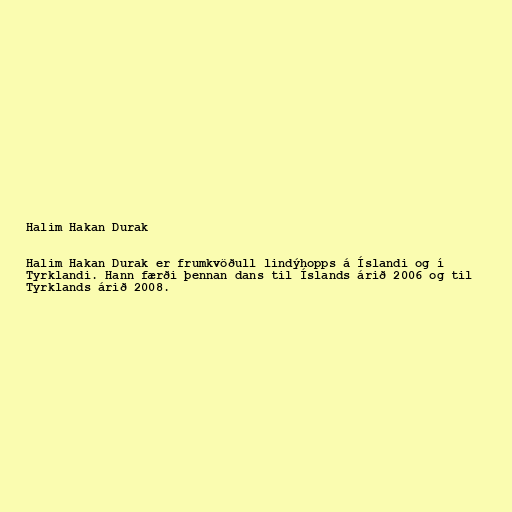
Halim Hakan Durak

Halim Hakan Durak er frumkvöðull lindýhopps á Íslandi og í
Tyrklandi. Hann færði þennan dans til Íslands árið 2006 og til
Tyrklands árið 2008.